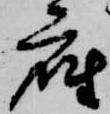
座